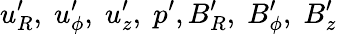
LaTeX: u_{R}^{\prime},\; u_{\phi}^{\prime},\; u_{z}^{\prime},\; p^{\prime},B_{R}^{\prime},\; B_{\phi}^{\prime},\; B_{z}^{\prime}